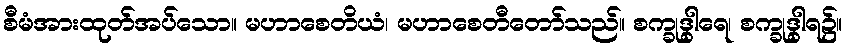
စီမံအားထုတ်အပ်သော။ မဟာစေတိယံ၊ မဟာစေတီတော်သည်။ စက္ခုဒွါရေ၊ စက္ခုဒွါရ၌။